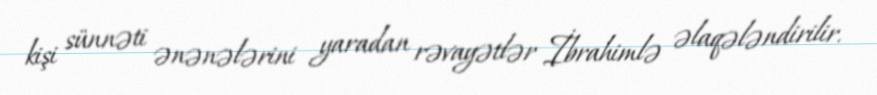
kişi sünnəti ənənələrini yaradan rəvayətlər İbrahimlə əlaqələndirilir.